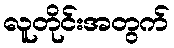
လူတိုင်းအတွက်